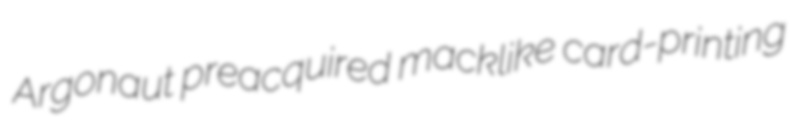
Argonaut preacquired macklike card-printing